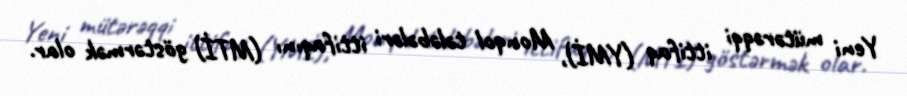
Yeni mütərəqqi ittifaq (YMİ), Monqol tələbələri ittifaqını (MTİ) göstərmək olar.